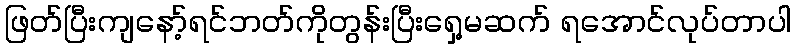
ဖြတ်ပြီးကျနော့်ရင်ဘတ်ကိုတွန်းပြီးရှေ့မဆက် ရအောင်လုပ်တာပါ